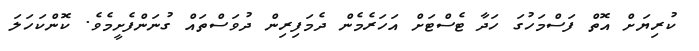
ކުރިޔަށް އޮތް ފަސްމަހުގަ ހަދާ ޓެސްޓަށް އަހަރެމެން ދެމަފިރިން ދުވަސްތައް ގުނަންފެށީމެވެ. ކޮންކަހަލަ